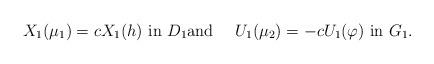
LaTeX: \begin{align*}X_1(\mu_1)=cX_1(h)\mbox{ in } D_1 \mbox{and \quad}U_1(\mu_2)=-cU_1(\varphi) \mbox{ in } G_1. \end{align*}